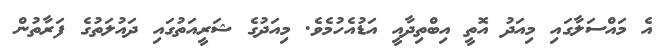
އެ މައްސަލާގައި މިއަދު އޮތީ އިބްތިދާއީ އަޑުއެހުމެވެ. މިއަދުގެ ޝަރީއަތުގައި ދައުލަތުގެ ފަރާތުން